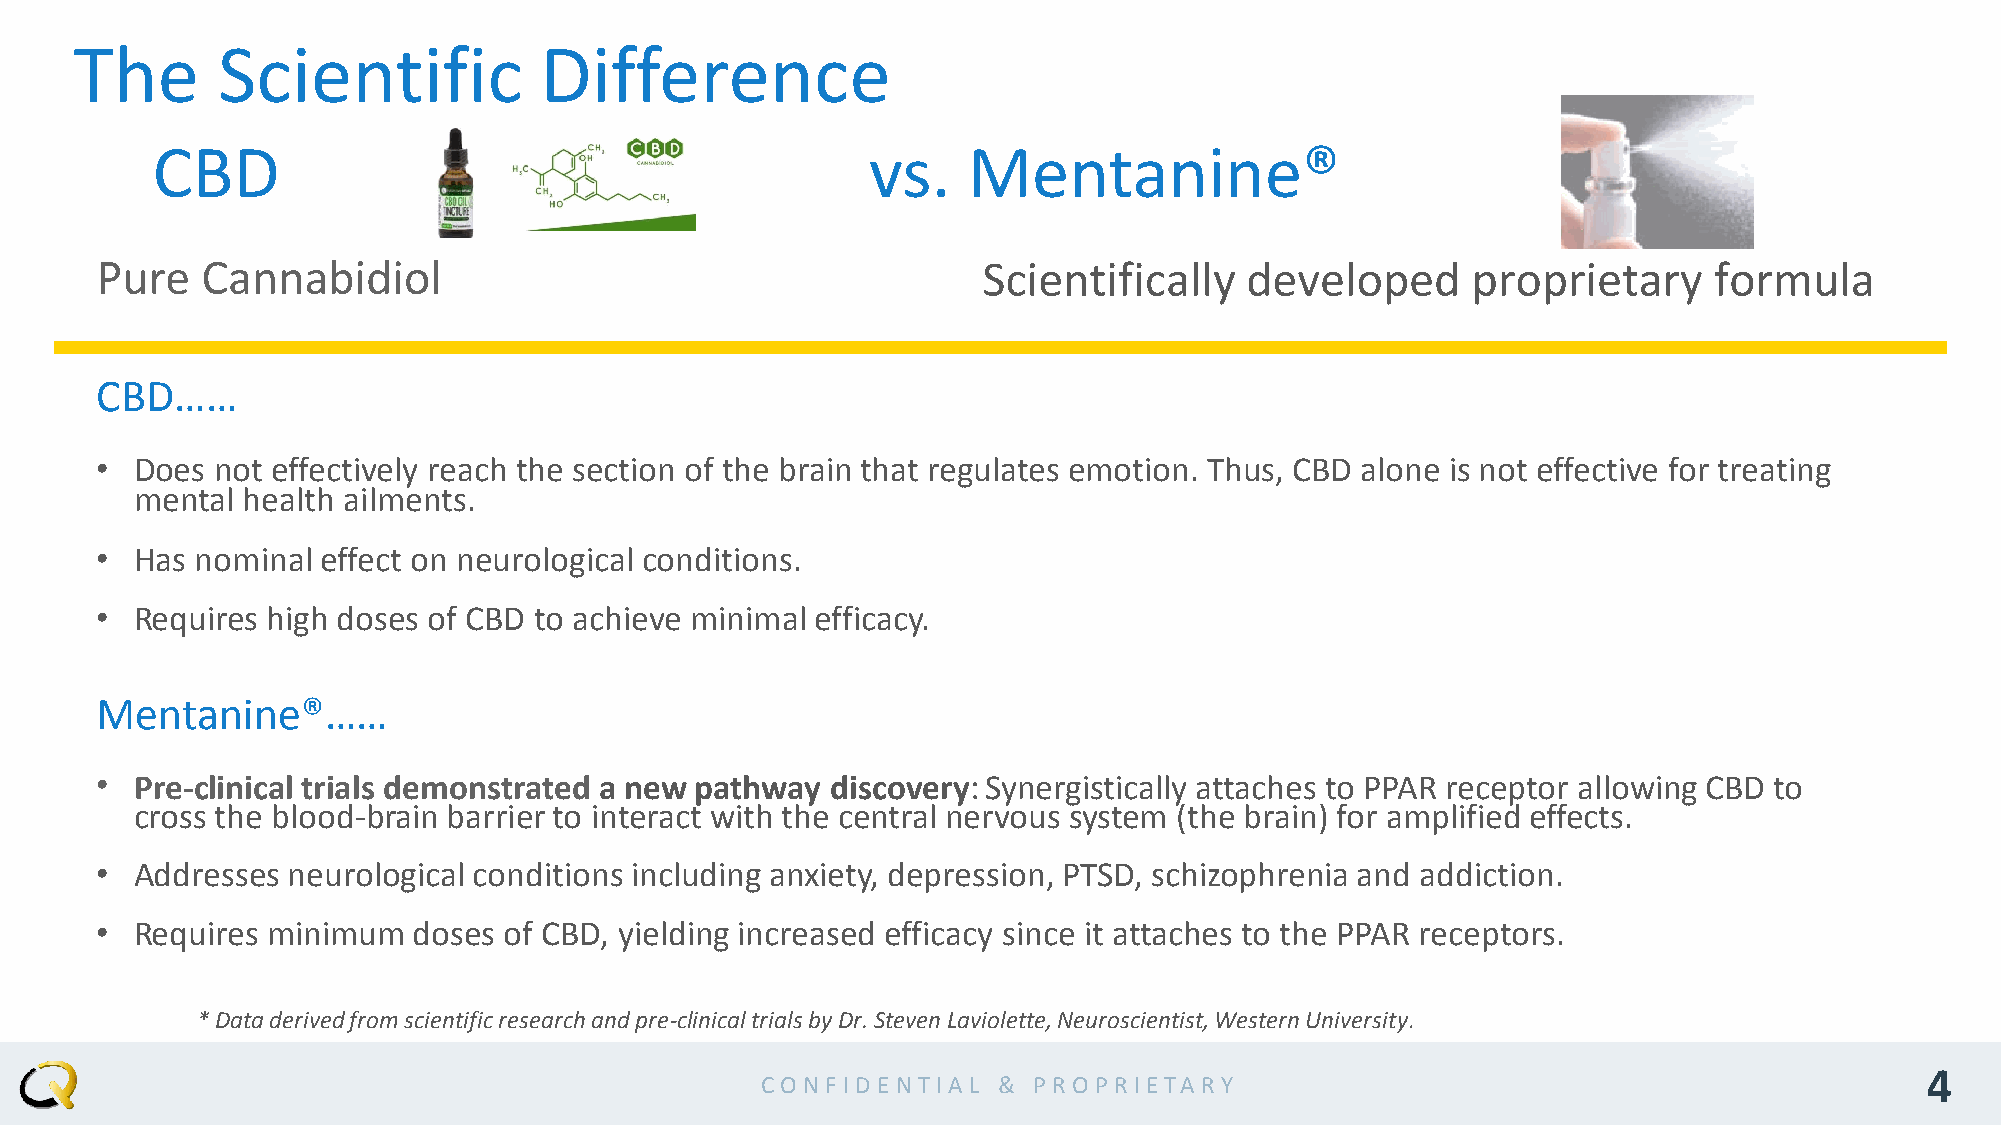
The      Scientific            Difference
 CBD                                             vs.   Mentanine®
 Pure   Cannabidiol                                         Scientifically   developed      proprietary     formula
 CBD……
 •  Does not effectively reach the section of the brain that regulates emotion. Thus, CBD alone is not effective for treating
 mental health ailments.
 •  Has nominal effect on neurological conditions.
 •  Requires high doses of CBD to achieve minimal efficacy.
 Mentanine®……
 •  Pre-clinical trials demonstrated a new pathway discovery: Synergistically attaches to PPAR receptor allowing CBD to
 cross the blood-brain barrier to interact with the central nervous system (the brain) for amplified effects.
 •  Addresses neurological conditions including anxiety, depression, PTSD, schizophrenia and addiction.
 •  Requires minimum  doses of CBD, yielding increased efficacy since it attaches to the PPAR receptors.
 * Data derived from scientific research and pre-clinical trials by Dr. Steven Laviolette, Neuroscientist, Western University.
 4
 CO N F ID EN TIA L & PRO PR IETA RY